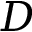
D